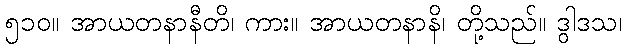
၅၁၀။ အာယတနာနီတိ၊ ကား။ အာယတနာနိ၊ တို့သည်။ ဒွါဒသ၊